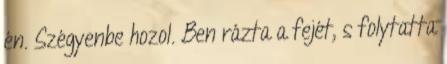
én. Szégyenbe hozol. Ben rázta a fejét, s folytatta